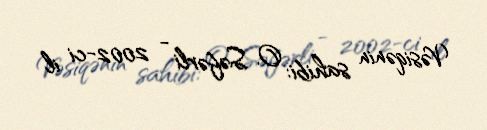
Vəsiqənin sahibi: O. Səfərli - 2002-ci il